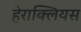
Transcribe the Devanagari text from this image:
हेराक्लियस